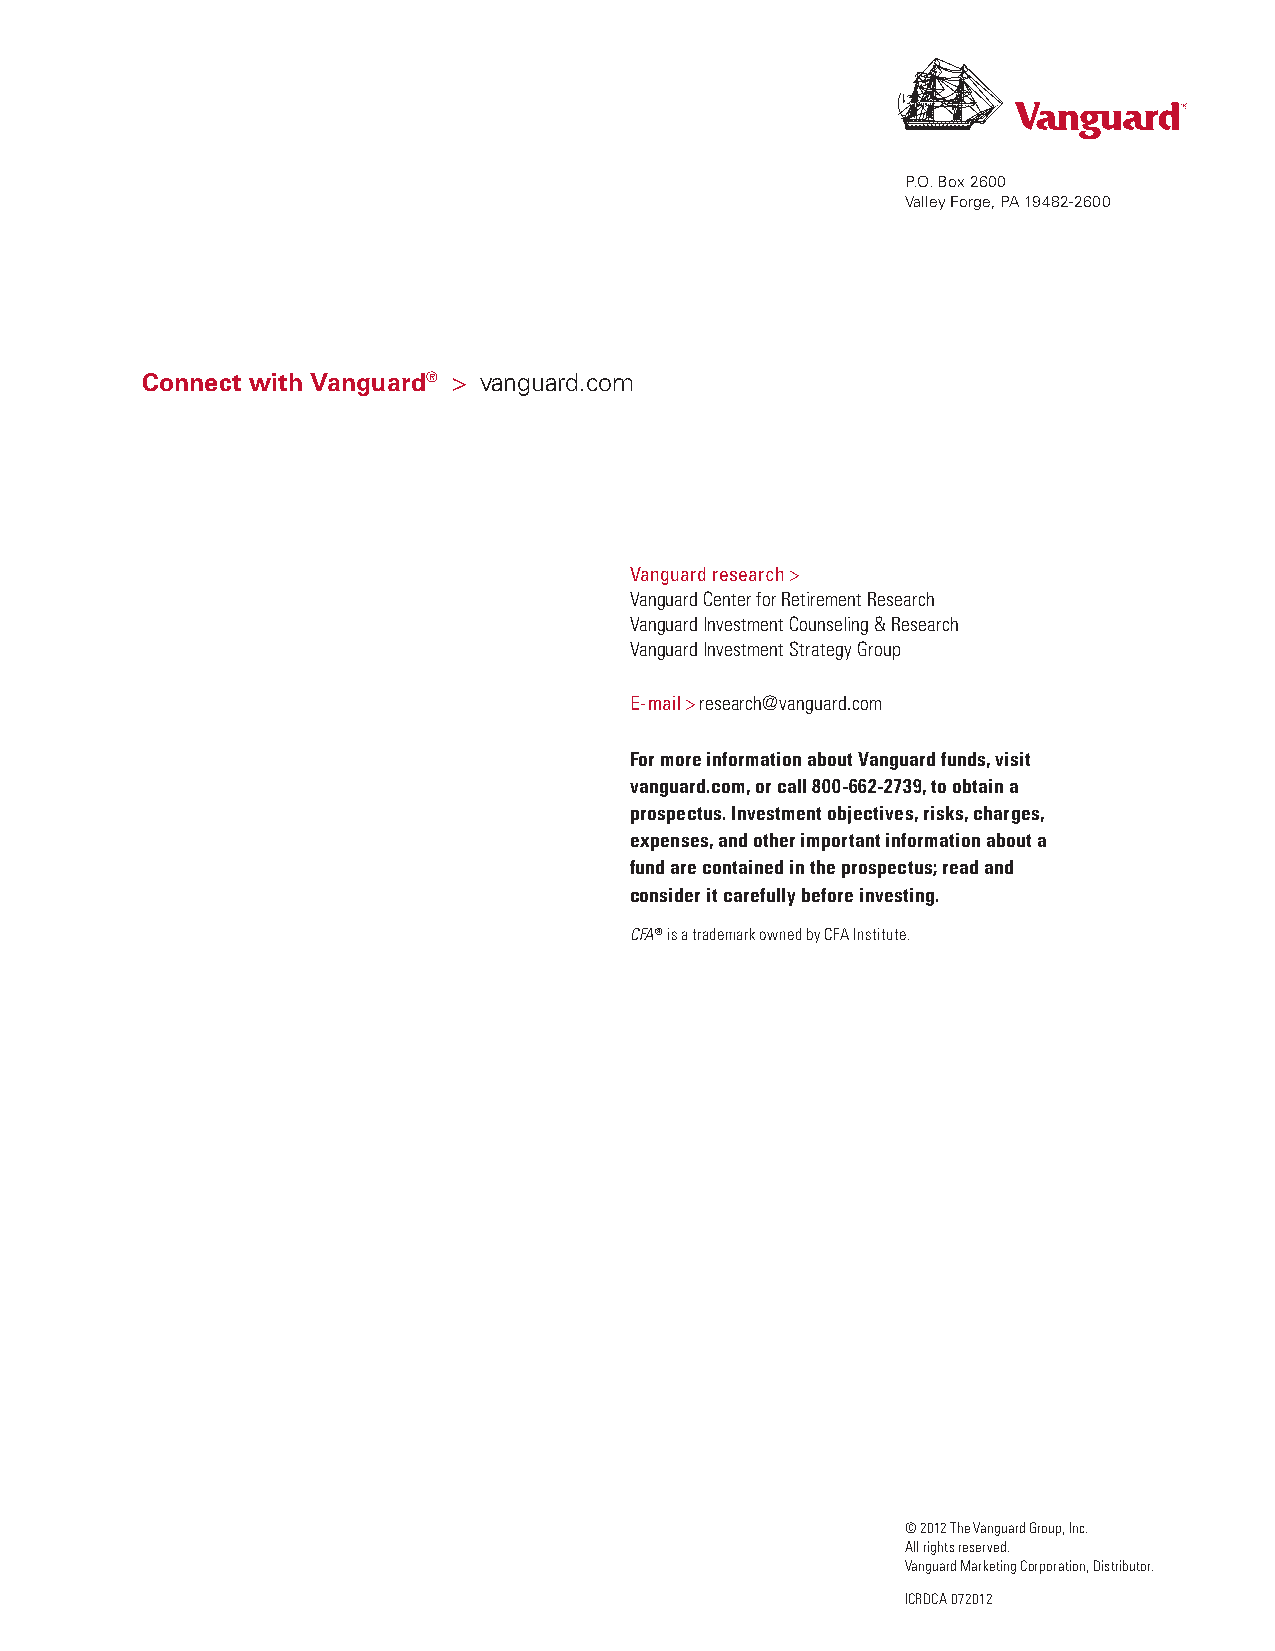
P.O. Box 2600
 Valley Forge, PA 19482-2600
 Connect with Vanguard® > vanguard.com
 Vanguard research >
 Vanguard Center for Retirement Research
 Vanguard Investment Counseling & Research
 Vanguard Investment Strategy Group
 E-mail > research@vanguard.com
 For more information about Vanguard funds, visit
 vanguard.com, or call 800-662-2739, to obtain a
 prospectus. Investment objectives, risks, charges,
 expenses, and other important information about a
 fund are contained in the prospectus; read and
 consider it carefully before investing.
 CFA® is a trademark owned by CFA Institute.
 © 2012 The Vanguard Group, Inc.
 All rights reserved.
 Vanguard Marketing Corporation, Distributor.
 ICRDCA 072012